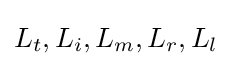
L_{t},L_{i},L_{m},L_{r},L_{l}